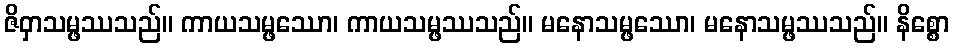
ဇိဝှာသမ္ဖဿသည်။ ကာယသမ္ဖဿော၊ ကာယသမ္ဖဿသည်။ မနောသမ္ဖဿော၊ မနောသမ္ဖဿသည်။ နိစ္စော